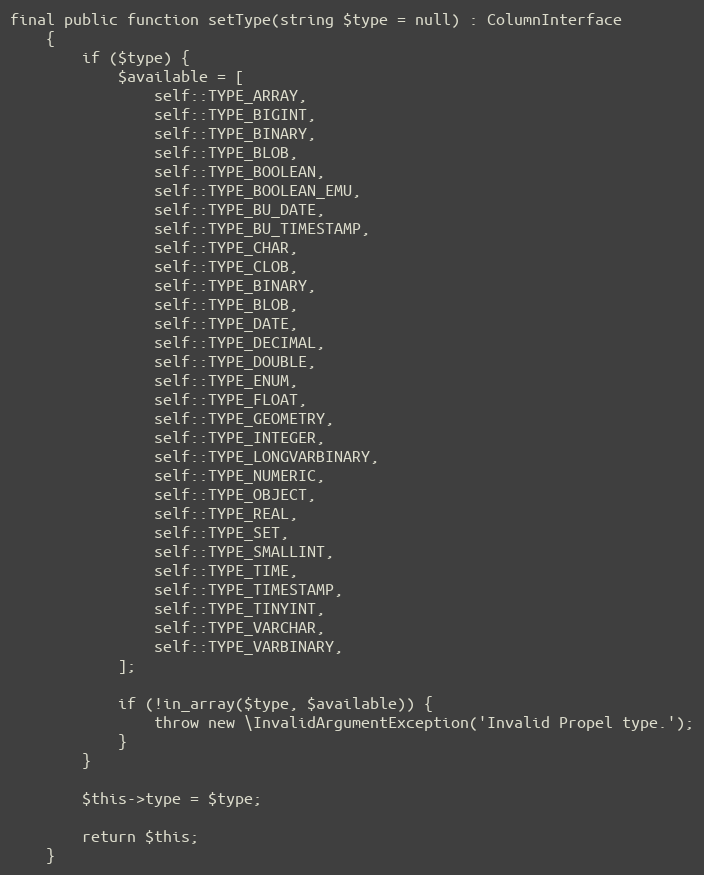
Language: PHP
final public function setType(string $type = null) : ColumnInterface
    {
        if ($type) {
            $available = [
                self::TYPE_ARRAY,
                self::TYPE_BIGINT,
                self::TYPE_BINARY,
                self::TYPE_BLOB,
                self::TYPE_BOOLEAN,
                self::TYPE_BOOLEAN_EMU,
                self::TYPE_BU_DATE,
                self::TYPE_BU_TIMESTAMP,
                self::TYPE_CHAR,
                self::TYPE_CLOB,
                self::TYPE_BINARY,
                self::TYPE_BLOB,
                self::TYPE_DATE,
                self::TYPE_DECIMAL,
                self::TYPE_DOUBLE,
                self::TYPE_ENUM,
                self::TYPE_FLOAT,
                self::TYPE_GEOMETRY,
                self::TYPE_INTEGER,
                self::TYPE_LONGVARBINARY,
                self::TYPE_NUMERIC,
                self::TYPE_OBJECT,
                self::TYPE_REAL,
                self::TYPE_SET,
                self::TYPE_SMALLINT,
                self::TYPE_TIME,
                self::TYPE_TIMESTAMP,
                self::TYPE_TINYINT,
                self::TYPE_VARCHAR,
                self::TYPE_VARBINARY,
            ];

            if (!in_array($type, $available)) {
                throw new \InvalidArgumentException('Invalid Propel type.');
            }
        }

        $this->type = $type;

        return $this;
    }